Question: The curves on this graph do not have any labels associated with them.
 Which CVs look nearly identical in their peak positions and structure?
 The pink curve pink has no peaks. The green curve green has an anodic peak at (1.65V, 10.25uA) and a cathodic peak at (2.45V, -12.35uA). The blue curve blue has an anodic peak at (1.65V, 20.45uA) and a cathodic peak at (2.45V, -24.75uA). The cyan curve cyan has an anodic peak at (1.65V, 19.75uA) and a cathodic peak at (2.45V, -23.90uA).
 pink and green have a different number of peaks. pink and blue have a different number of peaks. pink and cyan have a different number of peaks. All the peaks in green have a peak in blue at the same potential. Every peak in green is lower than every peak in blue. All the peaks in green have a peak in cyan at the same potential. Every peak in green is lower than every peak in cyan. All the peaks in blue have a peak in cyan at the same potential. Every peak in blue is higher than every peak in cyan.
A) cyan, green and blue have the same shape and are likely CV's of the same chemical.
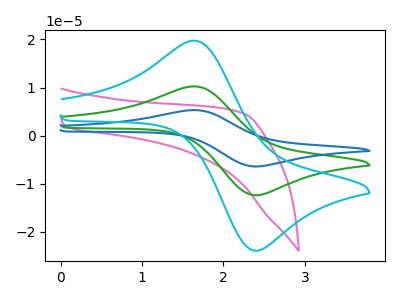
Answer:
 <answer>A) "cyan", "green" and "blue" have the same shape and are likely CV's of the same chemical.</answer>
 <eval>A</eval>